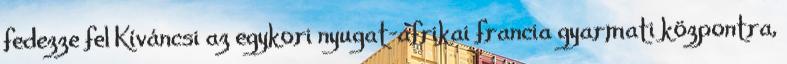
fedezze fel Kíváncsi az egykori nyugat-afrikai francia gyarmati központra,